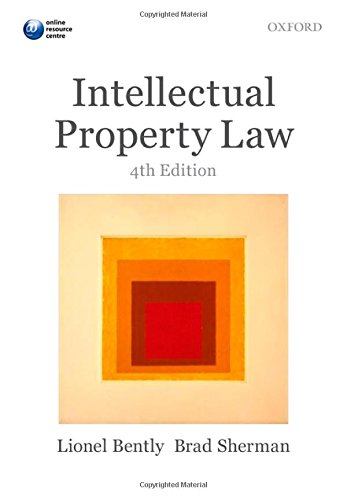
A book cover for Intellectual Property Law; Lionel Bently; Law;